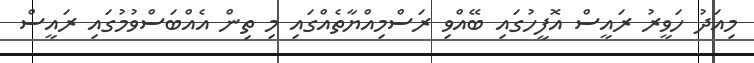
މިއަދު ހަވީރު ރައީސް އޮފީހުގައި ބޭއްވި ރަސްމިއްޔާތެއްގައި މި ތިން އެއްބަސްވުމުގައި ރައީސް